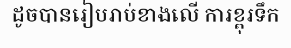
ដូចបានរៀបរាប់ខាងលើ ការខ្ពុរទឹក